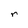
Character: r